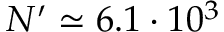
N ^ { \prime } \simeq 6 . 1 \cdot 1 0 ^ { 3 }